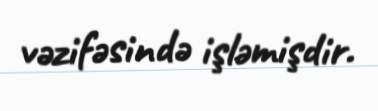
vəzifəsində işləmişdir.